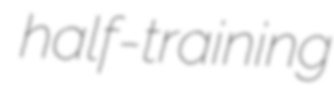
half-training